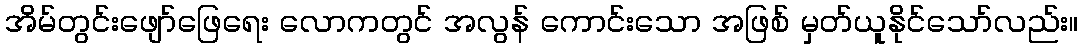
အိမ်တွင်းဖျော်ဖြေရေး လောကတွင် အလွန် ကောင်းသော အဖြစ် မှတ်ယူနိုင်သော်လည်း။